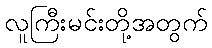
လူကြီးမင်းတို့အတွက်